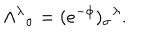
\Lambda ^ { \lambda } \hspace { 0 . 1 m m } _ { \sigma } = ( e ^ { - \phi } ) _ { \sigma } \hspace { 0 . 1 m m } ^ { \lambda } .